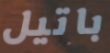
باتيل